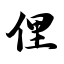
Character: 俚